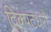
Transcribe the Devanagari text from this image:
दिक्पटधरो